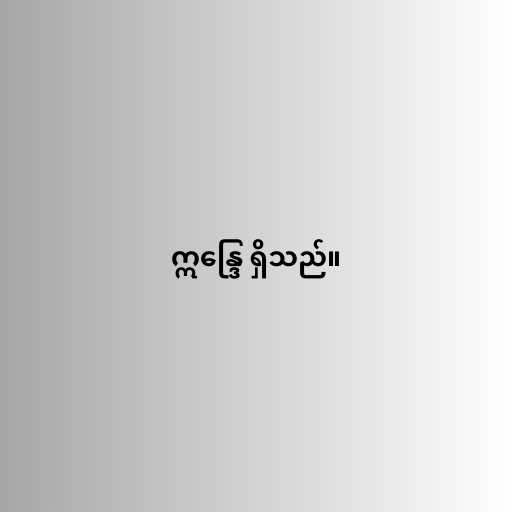
ဣန္ဒြေ ရှိသည်။